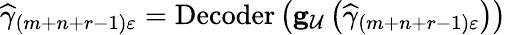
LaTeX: \begin{array}{r}{\widehat{\gamma}_{\left(m+n+r-1\right)\varepsilon}=\operatorname{Decoder}\left(\mathbf{g}_{\mathcal{U}}\left(\widehat{\gamma}_{\left(m+n+r-1\right)\varepsilon}\right)\right)}\end{array}